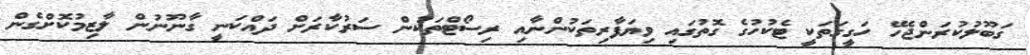
ގަބޫލުކުރަންޖެހޭ ހަގީގަތަކީ ޓެކުހުގެ ގޮތުގައި ވިޔަފާރިތަކުންނާއި ރިސޯޓްތަކުން ސަރުކާރަށް ދައްކަނީ ގާނޫނުން ލާޒިމުކޮށްގެން